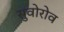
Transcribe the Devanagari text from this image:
सुवोरोव